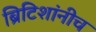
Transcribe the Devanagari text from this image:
ब्रिटिशांनीच